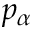
p _ { \alpha }